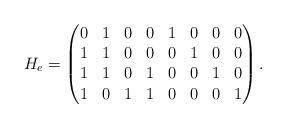
LaTeX: \begin{align*} H_e=\begin{pmatrix}0&1&0&0&1&0&0&0\\1&1&0&0&0&1&0&0\\1&1&0&1&0&0&1&0\\1&0&1&1&0&0&0&1 \end{pmatrix}.\end{align*}